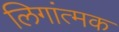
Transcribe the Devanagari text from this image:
लिगांत्मक